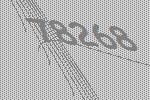
78268